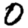
Digit: 0